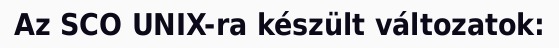
Az SCO UNIX-ra készült változatok: